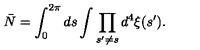
{ \bar { N } } = \int _ { 0 } ^ { 2 \pi } d s \int \prod _ { s ^ { \prime } \neq s } d ^ { 4 } \xi ( s ^ { \prime } ) .